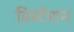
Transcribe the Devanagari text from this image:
डिस्टेंशन